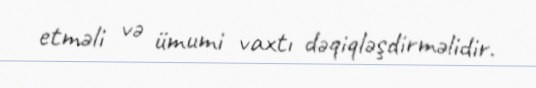
etməli və ümumi vaxtı dəqiqləşdirməlidir.